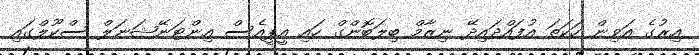
އިރުގެ އަވިން ހަކަތަ އުފައްދައިދޭ ނިޒާމް ބިލަބޮންގް ހައި އީޕީއެސް އިންޓަނޭޝަނަލް ސްކޫލްގައި